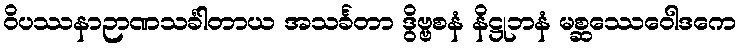
ဝိပဿနာဉာဏသင်္ခါတာယ အသင်္ခတာ ဒွိဗ္ဗစနံ နိဋ္ဌုဘနံ မစ္ဆဿေဝေါဒကေ